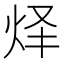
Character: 𰞇